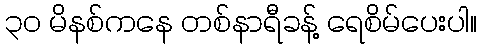
၃ဝ မိနစ်ကနေ တစ်နာရီခန့် ရေစိမ်ပေးပါ။